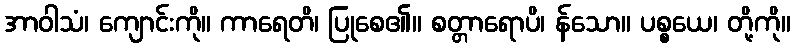
အာဝါသံ၊ ကျောင်းကို။ ကာရေတိ၊ ပြုစေ၏။ စတ္တာရောပိ၊ န်သော။ ပစ္စယေ၊ တို့ကို။